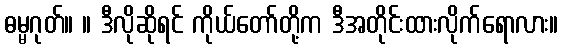
ဓမ္မဂုတ်။ ။ ဒီလိုဆိုရင် ကိုယ်တော်တို့က ဒီအတိုင်းထားလိုက်ရောလား။